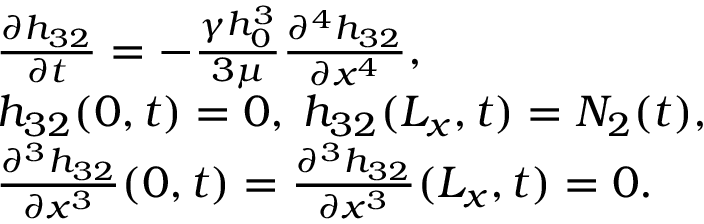
\begin{array} { r l } & { \frac { \partial h _ { 3 2 } } { \partial t } = - \frac { \gamma h _ { 0 } ^ { 3 } } { 3 \mu } \frac { \partial ^ { 4 } h _ { 3 2 } } { \partial x ^ { 4 } } , } \\ & { h _ { 3 2 } ( 0 , t ) = 0 , \: h _ { 3 2 } ( L _ { x } , t ) = N _ { 2 } ( t ) , } \\ & { \frac { \partial ^ { 3 } h _ { 3 2 } } { \partial x ^ { 3 } } ( 0 , t ) = \frac { \partial ^ { 3 } h _ { 3 2 } } { \partial x ^ { 3 } } ( L _ { x } , t ) = 0 . } \end{array}